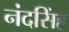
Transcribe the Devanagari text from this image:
नंदसिंह